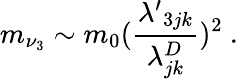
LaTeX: m_{\nu_{3}}\sim m_{0}({\frac{{\lambda^{\prime}}_{3jk}}{\lambda_{jk}^{D}}})^{2}\ .